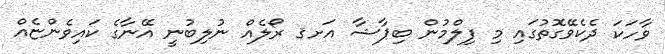
ވާހަކަ ދެކެވޭގޮތުގައި މި ފިލްމުން ބިޕާޝާ އަށޤ ރޯލެއް ނުލިބުނީ އޭނާގެ ކައިވެންޏެއް